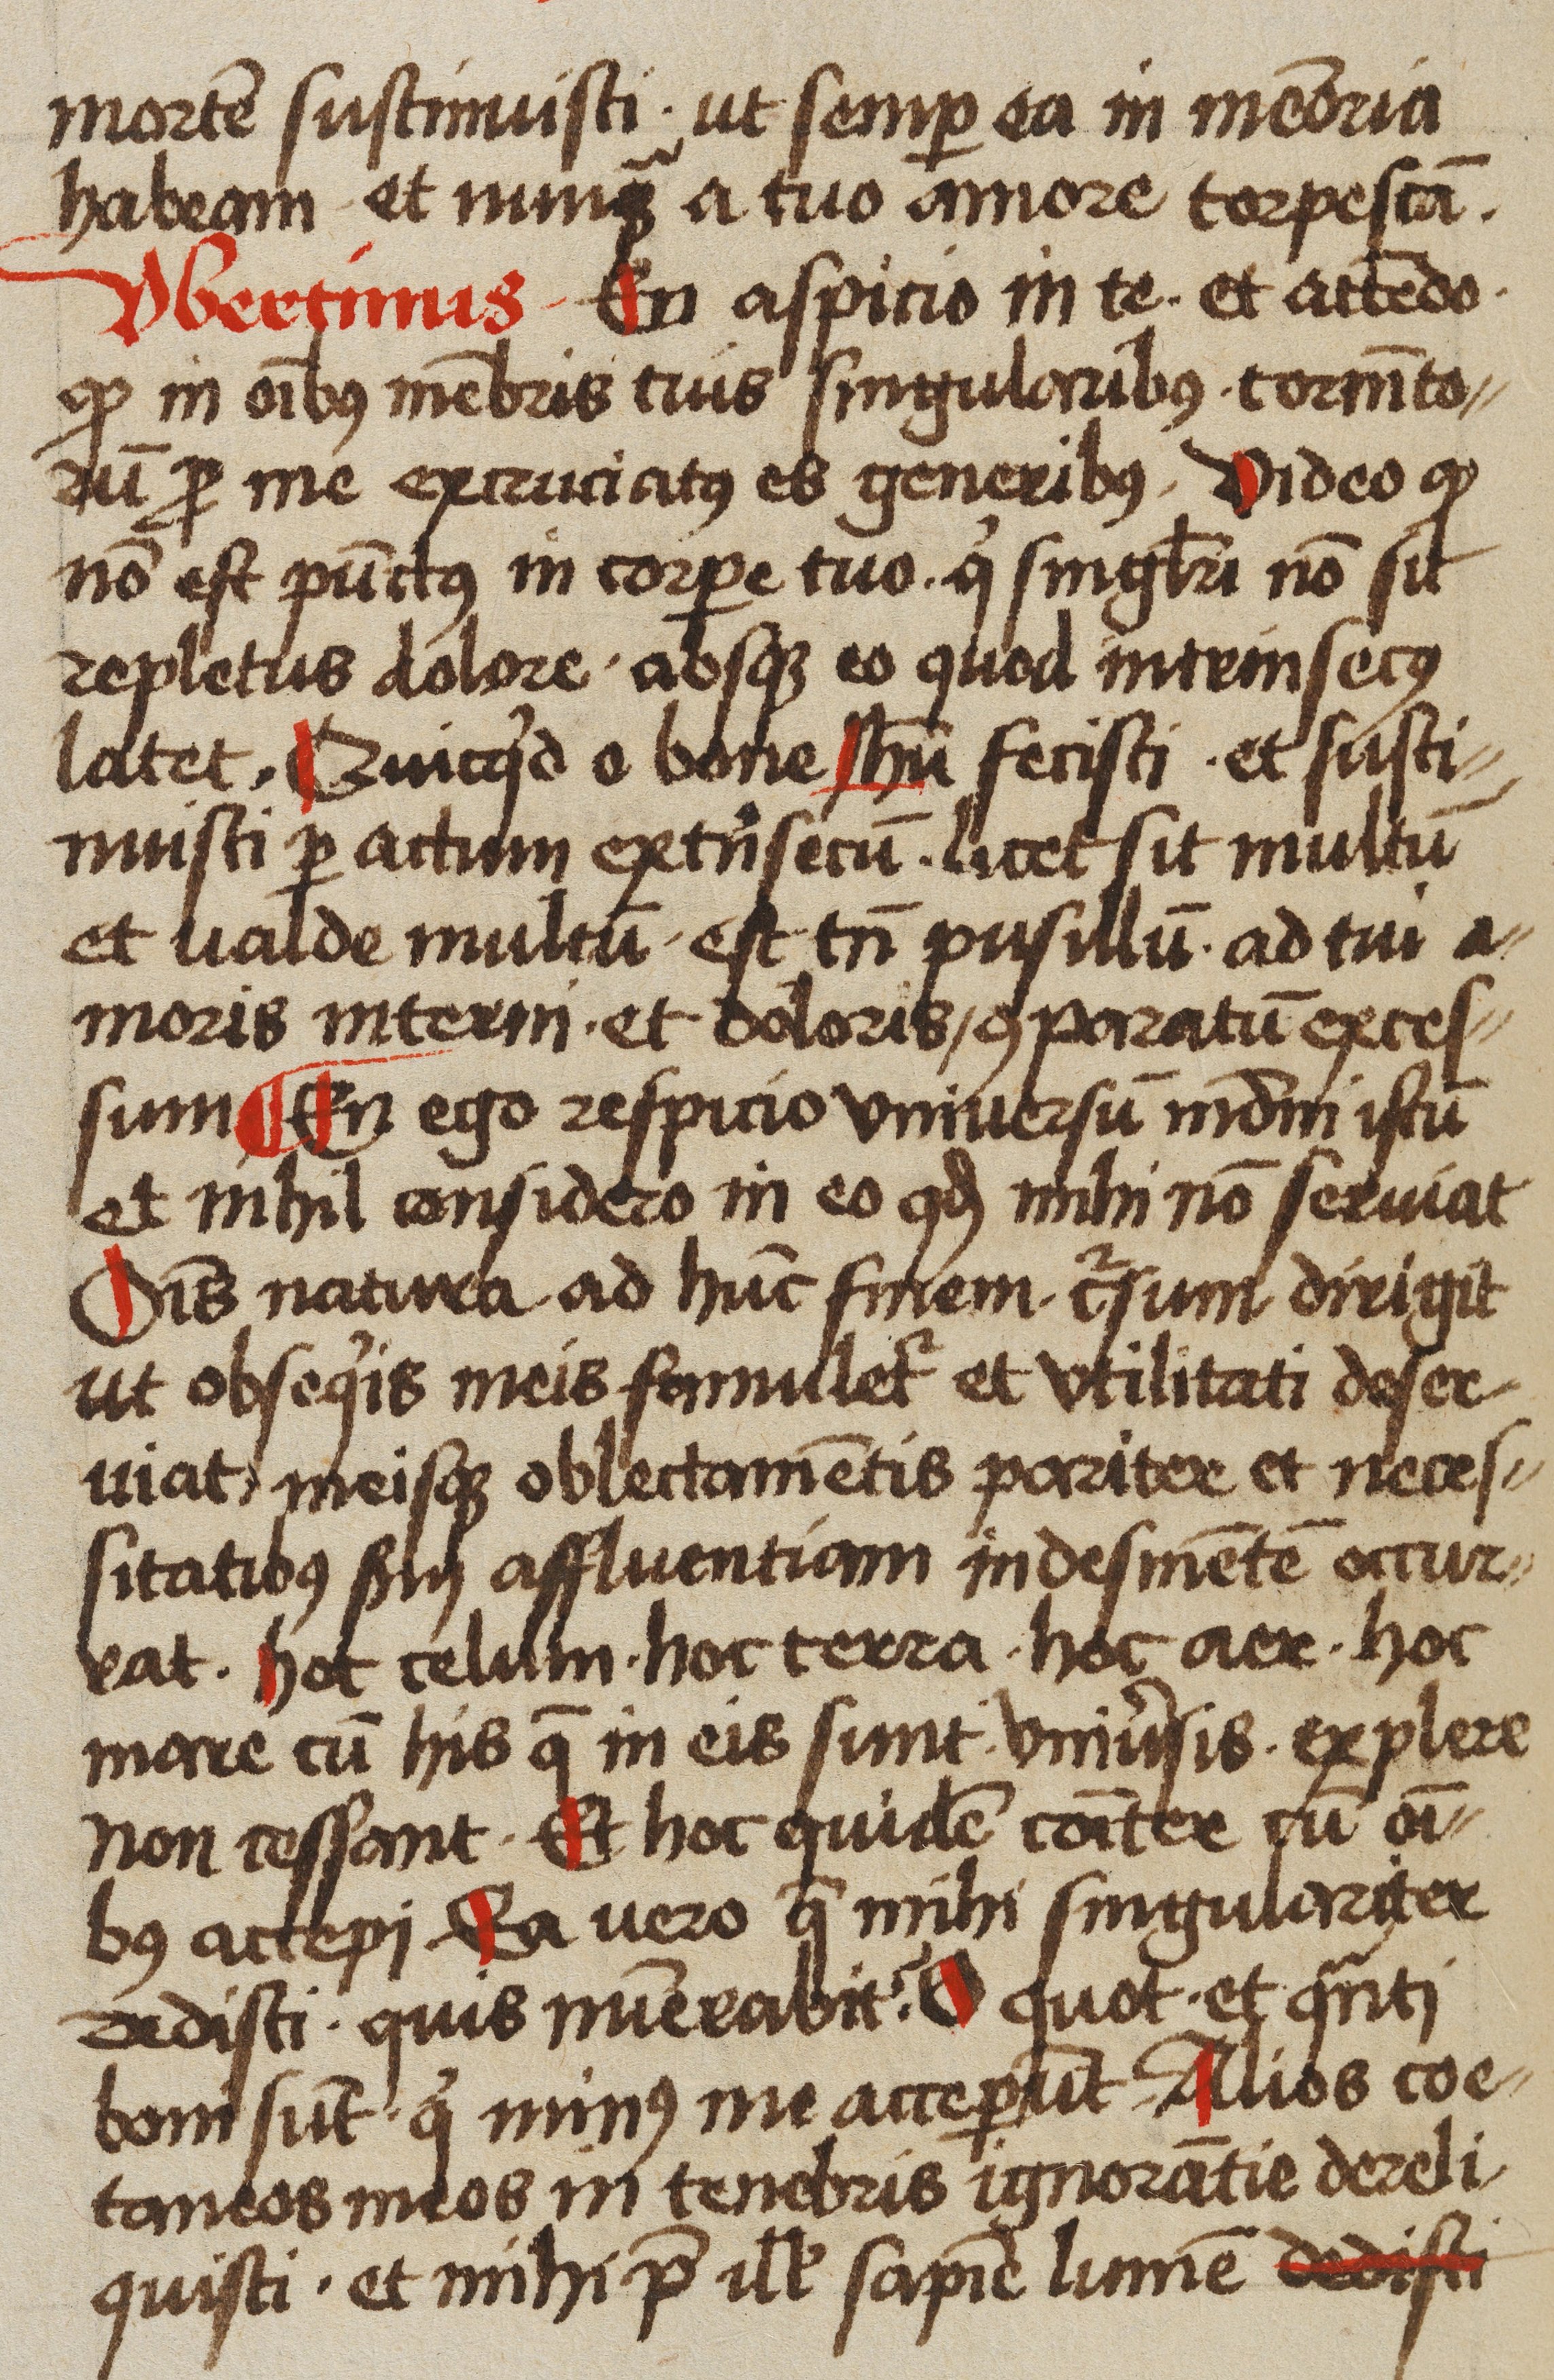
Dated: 1523–1523